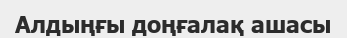
Алдыңғы доңғалақ ашасы